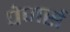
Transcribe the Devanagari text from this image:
पेजर्स